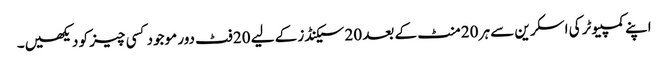
اپنے کمپیوٹر کی اسکرین سے ہر 20 منٹ کے بعد 20 سیکنڈز کے لیے 20 فٹ دور موجود کسی چیز کو دیکھیں۔